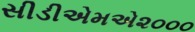
સીડીએમએ૨૦૦૦